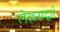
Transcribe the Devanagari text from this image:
लेखनाद्वारे